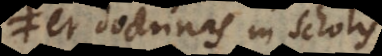
et doctrinas in scholis